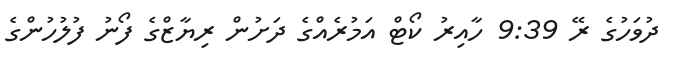
ދުވަހުގެ ރޭ 9:39 ހާއިރު ކޯޓް އަމުރެއްގެ ދަށުން ރިޔާޒްގެ ފޯނު ފުލުހުންގެ